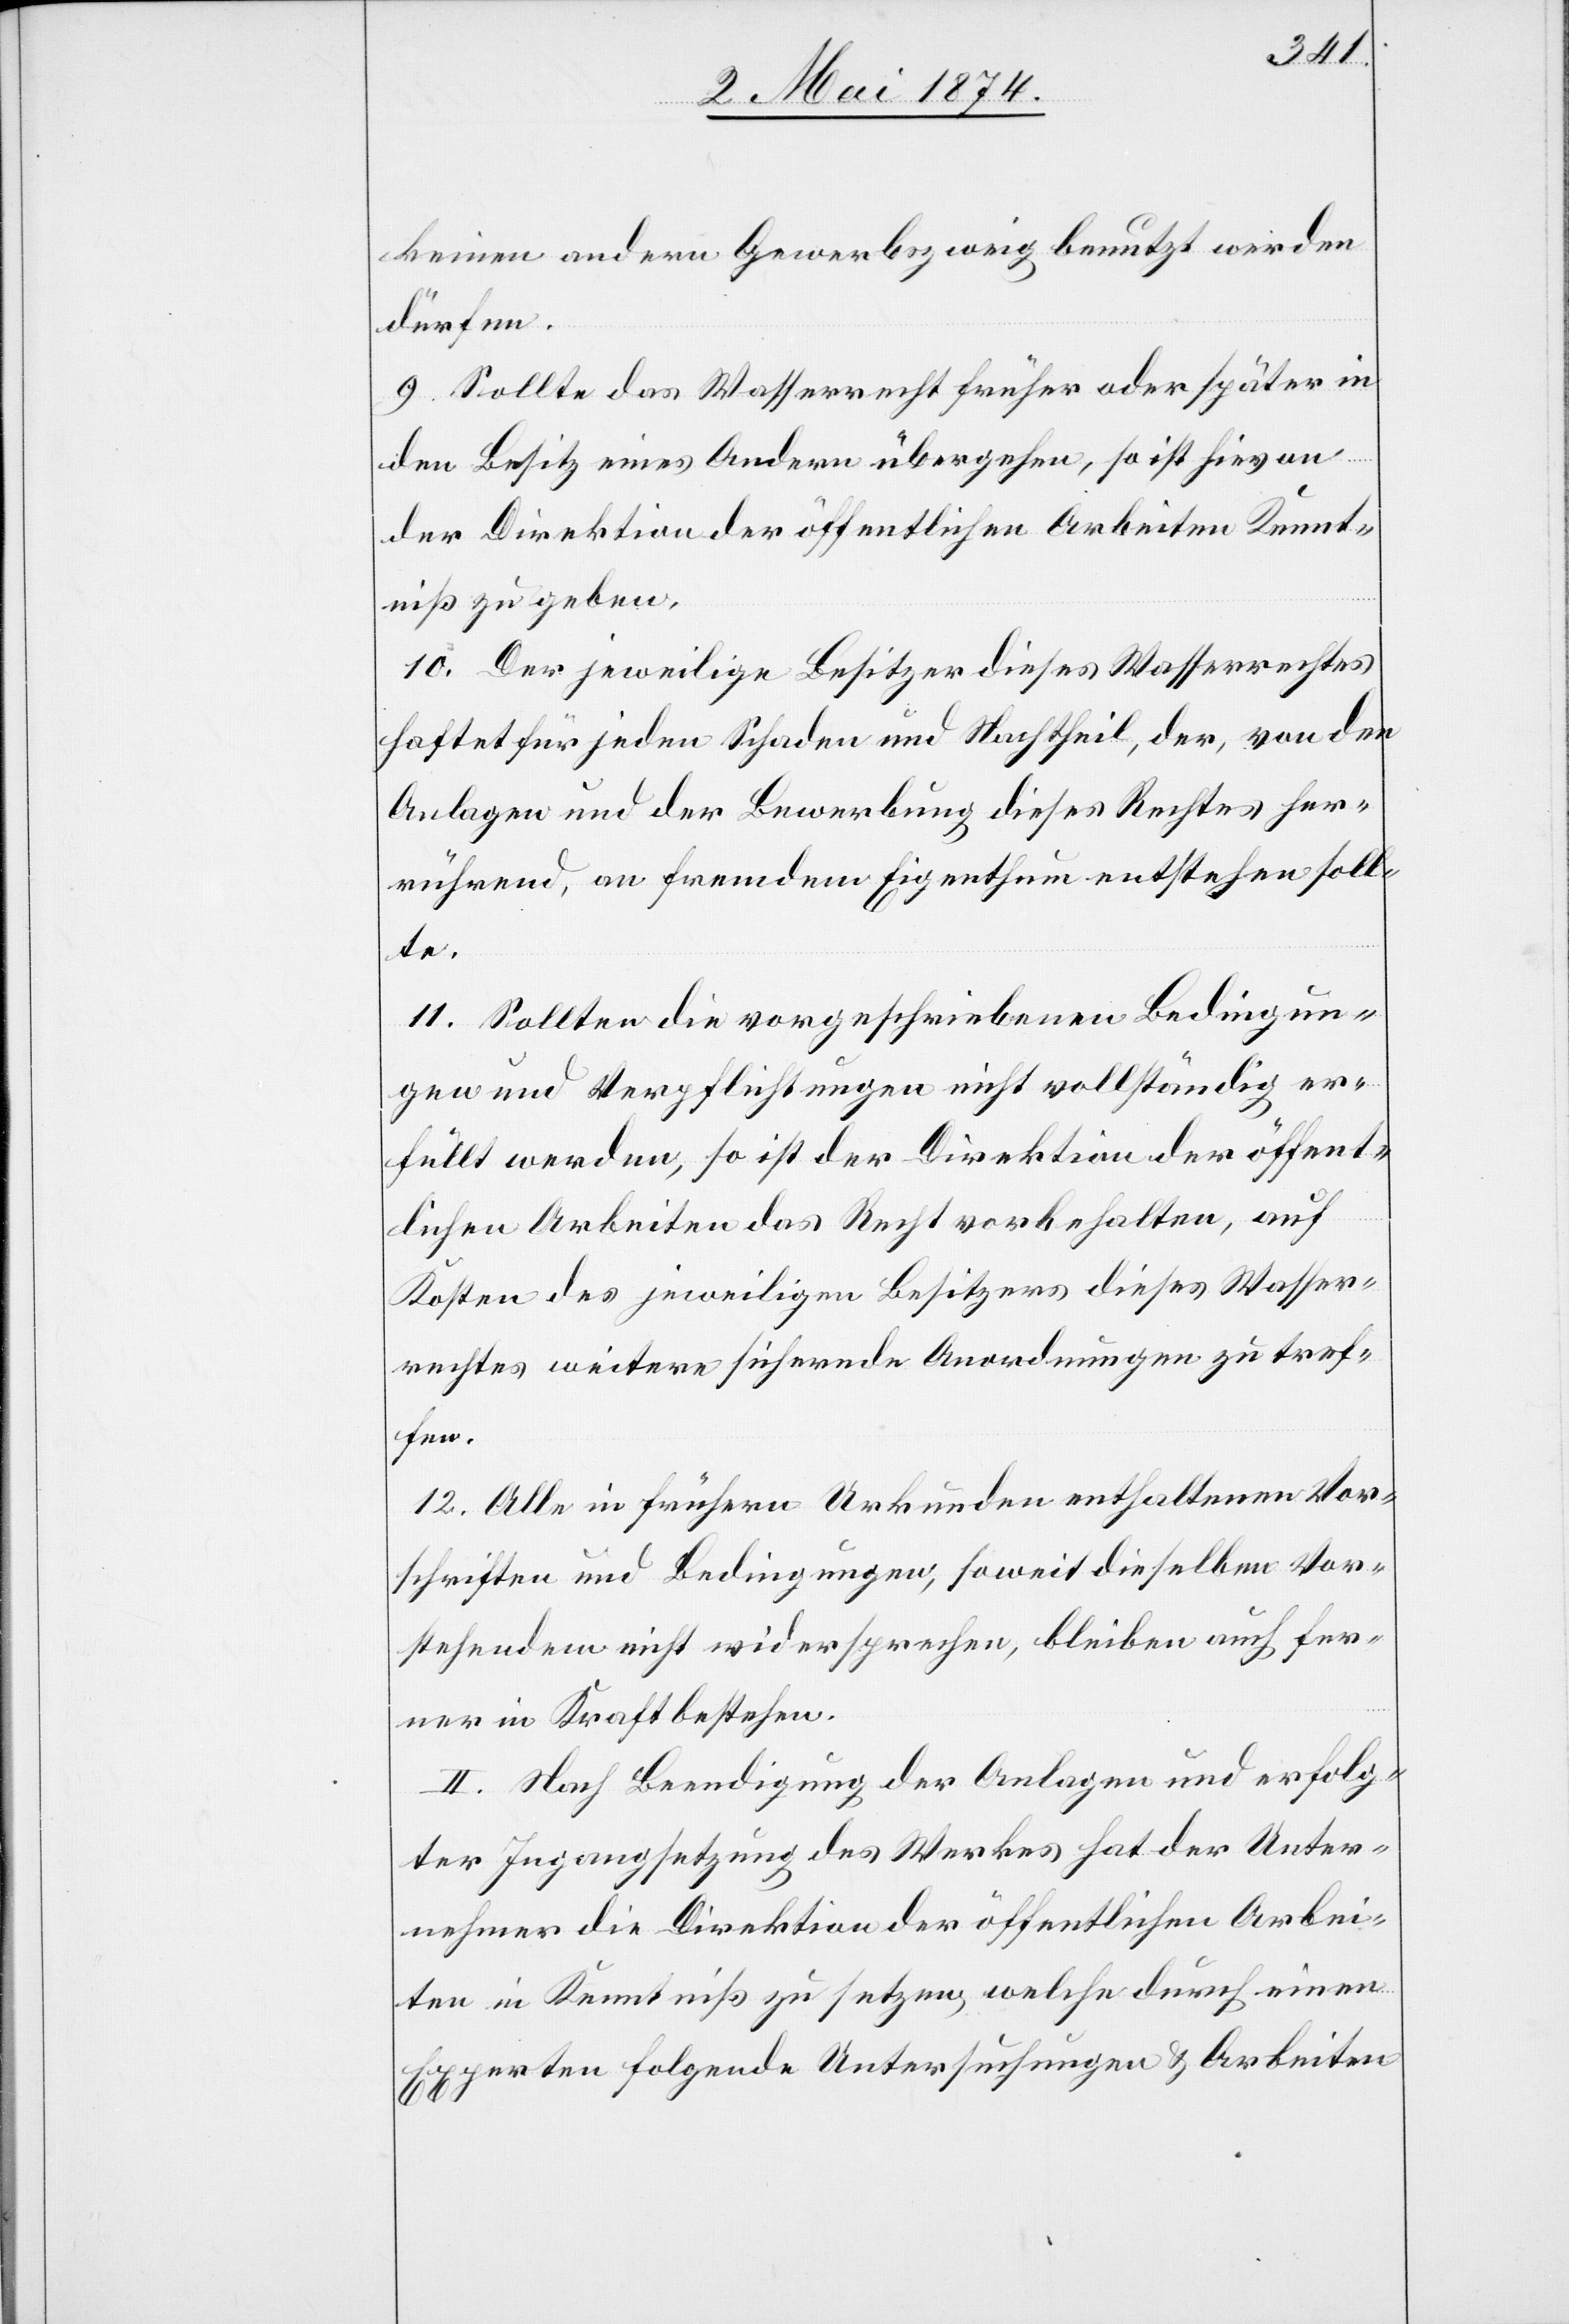
keinen andern Gewerbszweig benutzt werden
dürfen.
9. Sollte das Wasserrecht früher oder später in
den Besitz eines Andern übergehen, so ist hievon
der Direktion der öffentlichen Arbeiten Kennt¬
niß zu geben,
10. Der jeweilige Besitzer dieses Wasserrechtes
haftet für jeden Schaden und Nachtheil, der, von den
Anlagen und der Bewerbung dieses Rechtes her¬
rührend, an fremdem Eigenthum entstehen soll¬
te.
11. Sollten die vorgeschriebenen Bedingun¬
gen und Verpflichtungen nicht vollständig er¬
füllt werden, so ist der Direktion der öffent¬
lichen Arbeiten das Recht vorbehalten, auf
Kosten des jeweiligen Besitzers dieses Wasser¬
rechtes weitere sichernde Anordnungen zu tref¬
fen.
12. Alle in frühern Urkunden enthaltenen Vor¬
schriften und Bedingungen, soweit dieselben Vo¬
stehendem nicht widersprechen, bleiben auch fer¬
ner in Kraft bestehen.
II. Nach Beendigung der Anlagen und erfolg¬
ter Ingangsetzung des Werkes hat der Unter¬
nehmer die Direktion der öffentlichen Arbei¬
ten in Kenntniß zu setzen, welche durch einen
Experten folgende Untersuchungen u. Arbeiten